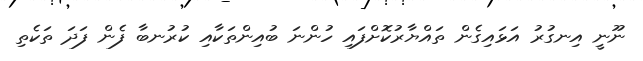
ނޫނީ އިނގުރު އަޅައިގެން ތައްޔާރުކޮށްފައި ހުންނަ ބުއިންތަކާއި ކުރުނބާ ފެން ފަދަ ތަކެތި